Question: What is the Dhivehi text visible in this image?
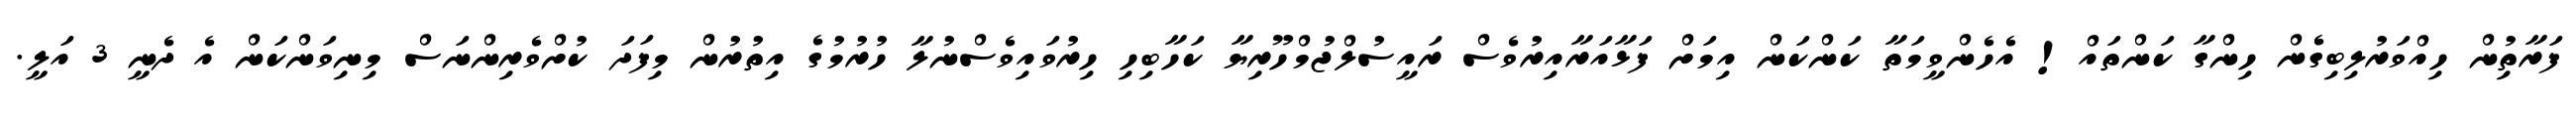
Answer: ފަރާތުިން ހިއްވަރުލިބިގެން ހިންގާ ކަންތައް! އެހެންވީމަތާ ކަންކަން އިމަށް ފަޅާއަރާއިރުވެސް ރައީސުލްޖުމްހޫރިޔާ ކަހާބިހި ހިރުވައިވެސްނުލާ ހުރުމުގެ އިތުރުން މިފަދަ ކުށްވެރިންނަސް މިނިވަންކަން އެ ދެނީ 3 އަލީ.